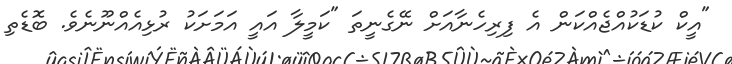
"އީކް ކުޑަކުއްޖެއްކަން އެ ފިރިހެނާއަށް ނޭގެނީތަ "ކަމީލާ އައީ އަމަށަކު ރުޅިއެއްނޫނެވެ. ބޮޑެތި